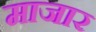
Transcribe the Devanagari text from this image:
माजार